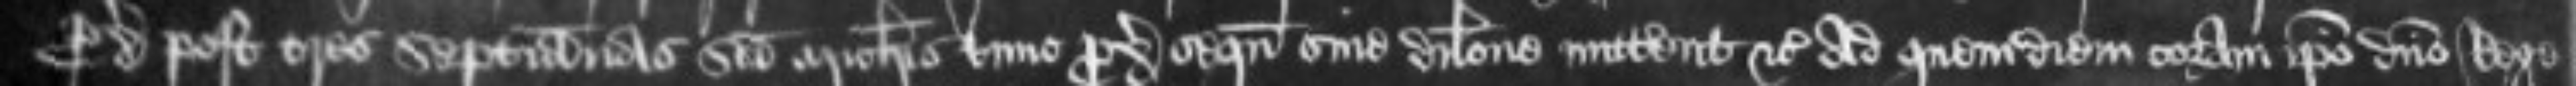
proximo post tres septimanas sancti Michaelis tunc proximas sequentes sine dilatione mitterent etc ad quem diem coram ipso domino Rege